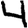
Digit: 4